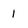
Character: 1